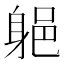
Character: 𲄡